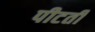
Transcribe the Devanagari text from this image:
पीटती